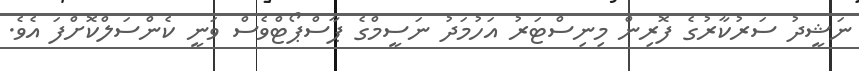
ނަޝީދު ސަރުކާރުގެ ފޮރިން މިނިސްޓަރު އަހުމަދު ނަސީމްގެ ޕާސްްޕޯޓްވެސް ވަނީ ކެންސަލްކޮށްފަ އެވެ.